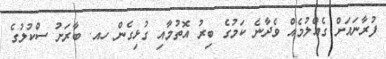
ފުރާނައަށް ގެއްލުމެއް ވެދާނެ ކަމުގެ ބިރު އޮތުމާއި ގުޅިގެން ހއ. ބާރަށު ސްކުލުގެ